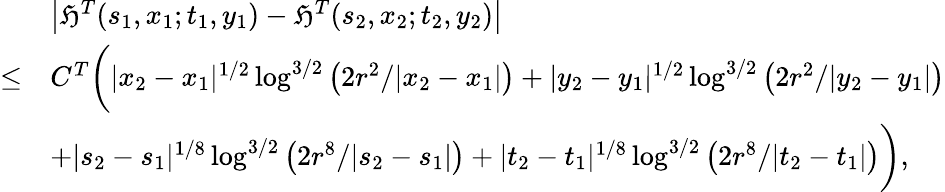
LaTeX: \begin{array}{rl}&{\left|\mathfrak{H}^{T}(s_{1},x_{1};t_{1},y_{1})-\mathfrak{H}^{T}(s_{2},x_{2};t_{2},y_{2})\right|}\\ {\leq}&{C^{T}\bigg(|x_{2}-x_{1}|^{1/2}\log^{3/2}\left(2r^{2}/|x_{2}-x_{1}|\right)+|y_{2}-y_{1}|^{1/2}\log^{3/2}\left(2r^{2}/|y_{2}-y_{1}|\right)}\\ &{+|s_{2}-s_{1}|^{1/8}\log^{3/2}\left(2r^{8}/|s_{2}-s_{1}|\right)+|t_{2}-t_{1}|^{1/8}\log^{3/2}\left(2r^{8}/|t_{2}-t_{1}|\right)\bigg),}\end{array}